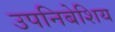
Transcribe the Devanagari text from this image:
उपनिबेशिय